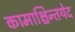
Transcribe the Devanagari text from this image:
कामाश्चिन्तयेद